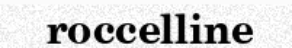
roccelline